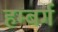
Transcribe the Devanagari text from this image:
हम्बर्ग